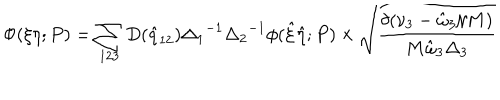
\Phi ( \xi \eta ; P ) = \sum _ { 1 2 3 } D ( { \hat { q } } _ { 1 2 } ) { \Delta _ { 1 } } ^ { - 1 } { \Delta _ { 2 } } ^ { - 1 } \phi ( { \hat { \xi } } { \hat { \eta } } ; P ) \times \sqrt { \frac { \delta ( \nu _ { 3 } - { \hat { \omega } } _ { 3 } / M ) } { M { \hat { \omega } } _ { 3 } { \Delta } _ { 3 } } }